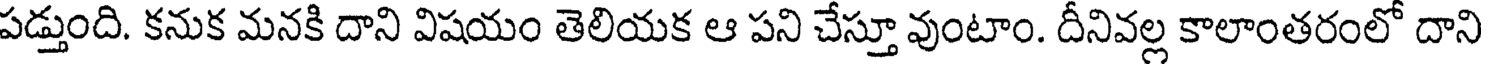
పడ్తుంది. కనుక మనకి దాని విషయం తెలియక ఆ పని చేస్తూ వుంటాం. దీనివల్ల కాలాంతరంలో దాని